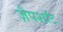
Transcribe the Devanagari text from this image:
ज़ैपशॉट